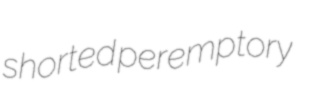
shorted peremptory